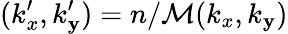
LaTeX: (k_{x}^{\prime},k_{\mathbf{y}}^{\prime})=n/\mathcal{{M}}(k_{x},k_{\mathbf{y}})